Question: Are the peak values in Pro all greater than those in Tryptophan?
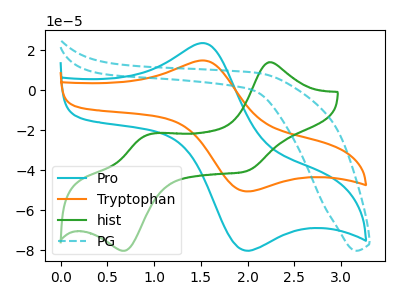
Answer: <think>The cyan curve "Pro" has an anodic peak at (1.50V, 23.60uA) and a cathodic peak at (1.95V, -79.95uA). The orange curve "Tryptophan" has an anodic peak at (1.50V, 14.90uA) and a cathodic peak at (1.95V, -50.40uA). The green curve "hist" has anodic peaks at (2.25V, 13.95uA) (0.90V, -22.75uA) and cathodic peaks at (2.00V, -40.55uA) (0.70V, -80.40uA). The cyan dashed curve "PG" has no peaks.</think>
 <answer>Every peak in "Pro" is higher than every peak in "Tryptophan".</answer>
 <eval>higher</eval>